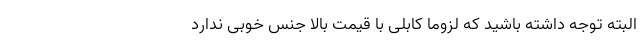
البته توجه داشته باشید که لزوما کابلی با قیمت بالا جنس خوبی ندارد